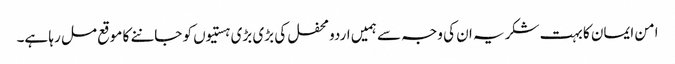
امن ایمان کا بہت شکریہ ان کی وجہ سے ہمیں اردو محفل کی بڑی بڑی ہستیوں کو جاننے کا موقع مل رہا ہے۔